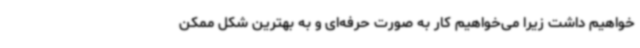
خواهیم داشت زیرا می‌خواهیم کار به صورت حرفه‌ای و به بهترین شکل ممکن